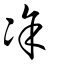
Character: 凃